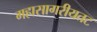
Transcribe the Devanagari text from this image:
महासागरीयतट